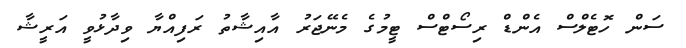
ސަން ހޮޓެލްސް އެންޑް ރިސޯޓްސް ޓީމުގެ މެނޭޖަރު އާއިޝާތު ރަފިއްޔާ ވިދާޅުވީ އަރީޝާ